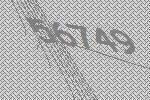
56749